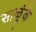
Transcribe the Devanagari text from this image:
साळूंके